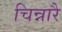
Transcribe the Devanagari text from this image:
चिन्नारै